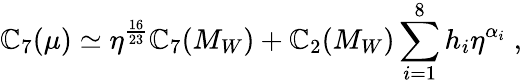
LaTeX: \mathbb{C}_{7}(\mu)\simeq\eta^{\frac{{16}}{{23}}}\mathbb{C}_{7}(M_{W})+\mathbb{C}_{2}(M_{W})\sum_{i=1}^{8}h_{i}\eta^{\alpha_{i}}\; ,